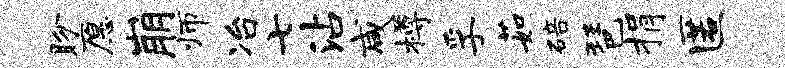
盼愿崩师冶七沾咸樽孚茹碚琶捐匿